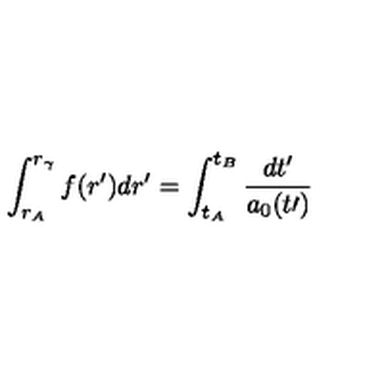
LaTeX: \int _ { r _ { A } } ^ { r _ { \gamma } } f ( r ^ { \prime } ) d r ^ { \prime } = \int _ { t _ { A } } ^ { t _ { B } } \frac { d t ^ { \prime } } { a _ { 0 } ( t \prime ) }